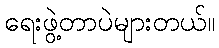
ရေးဖွဲ့တာပဲများတယ်။